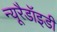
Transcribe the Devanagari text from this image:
न्यूरैडॉइडी